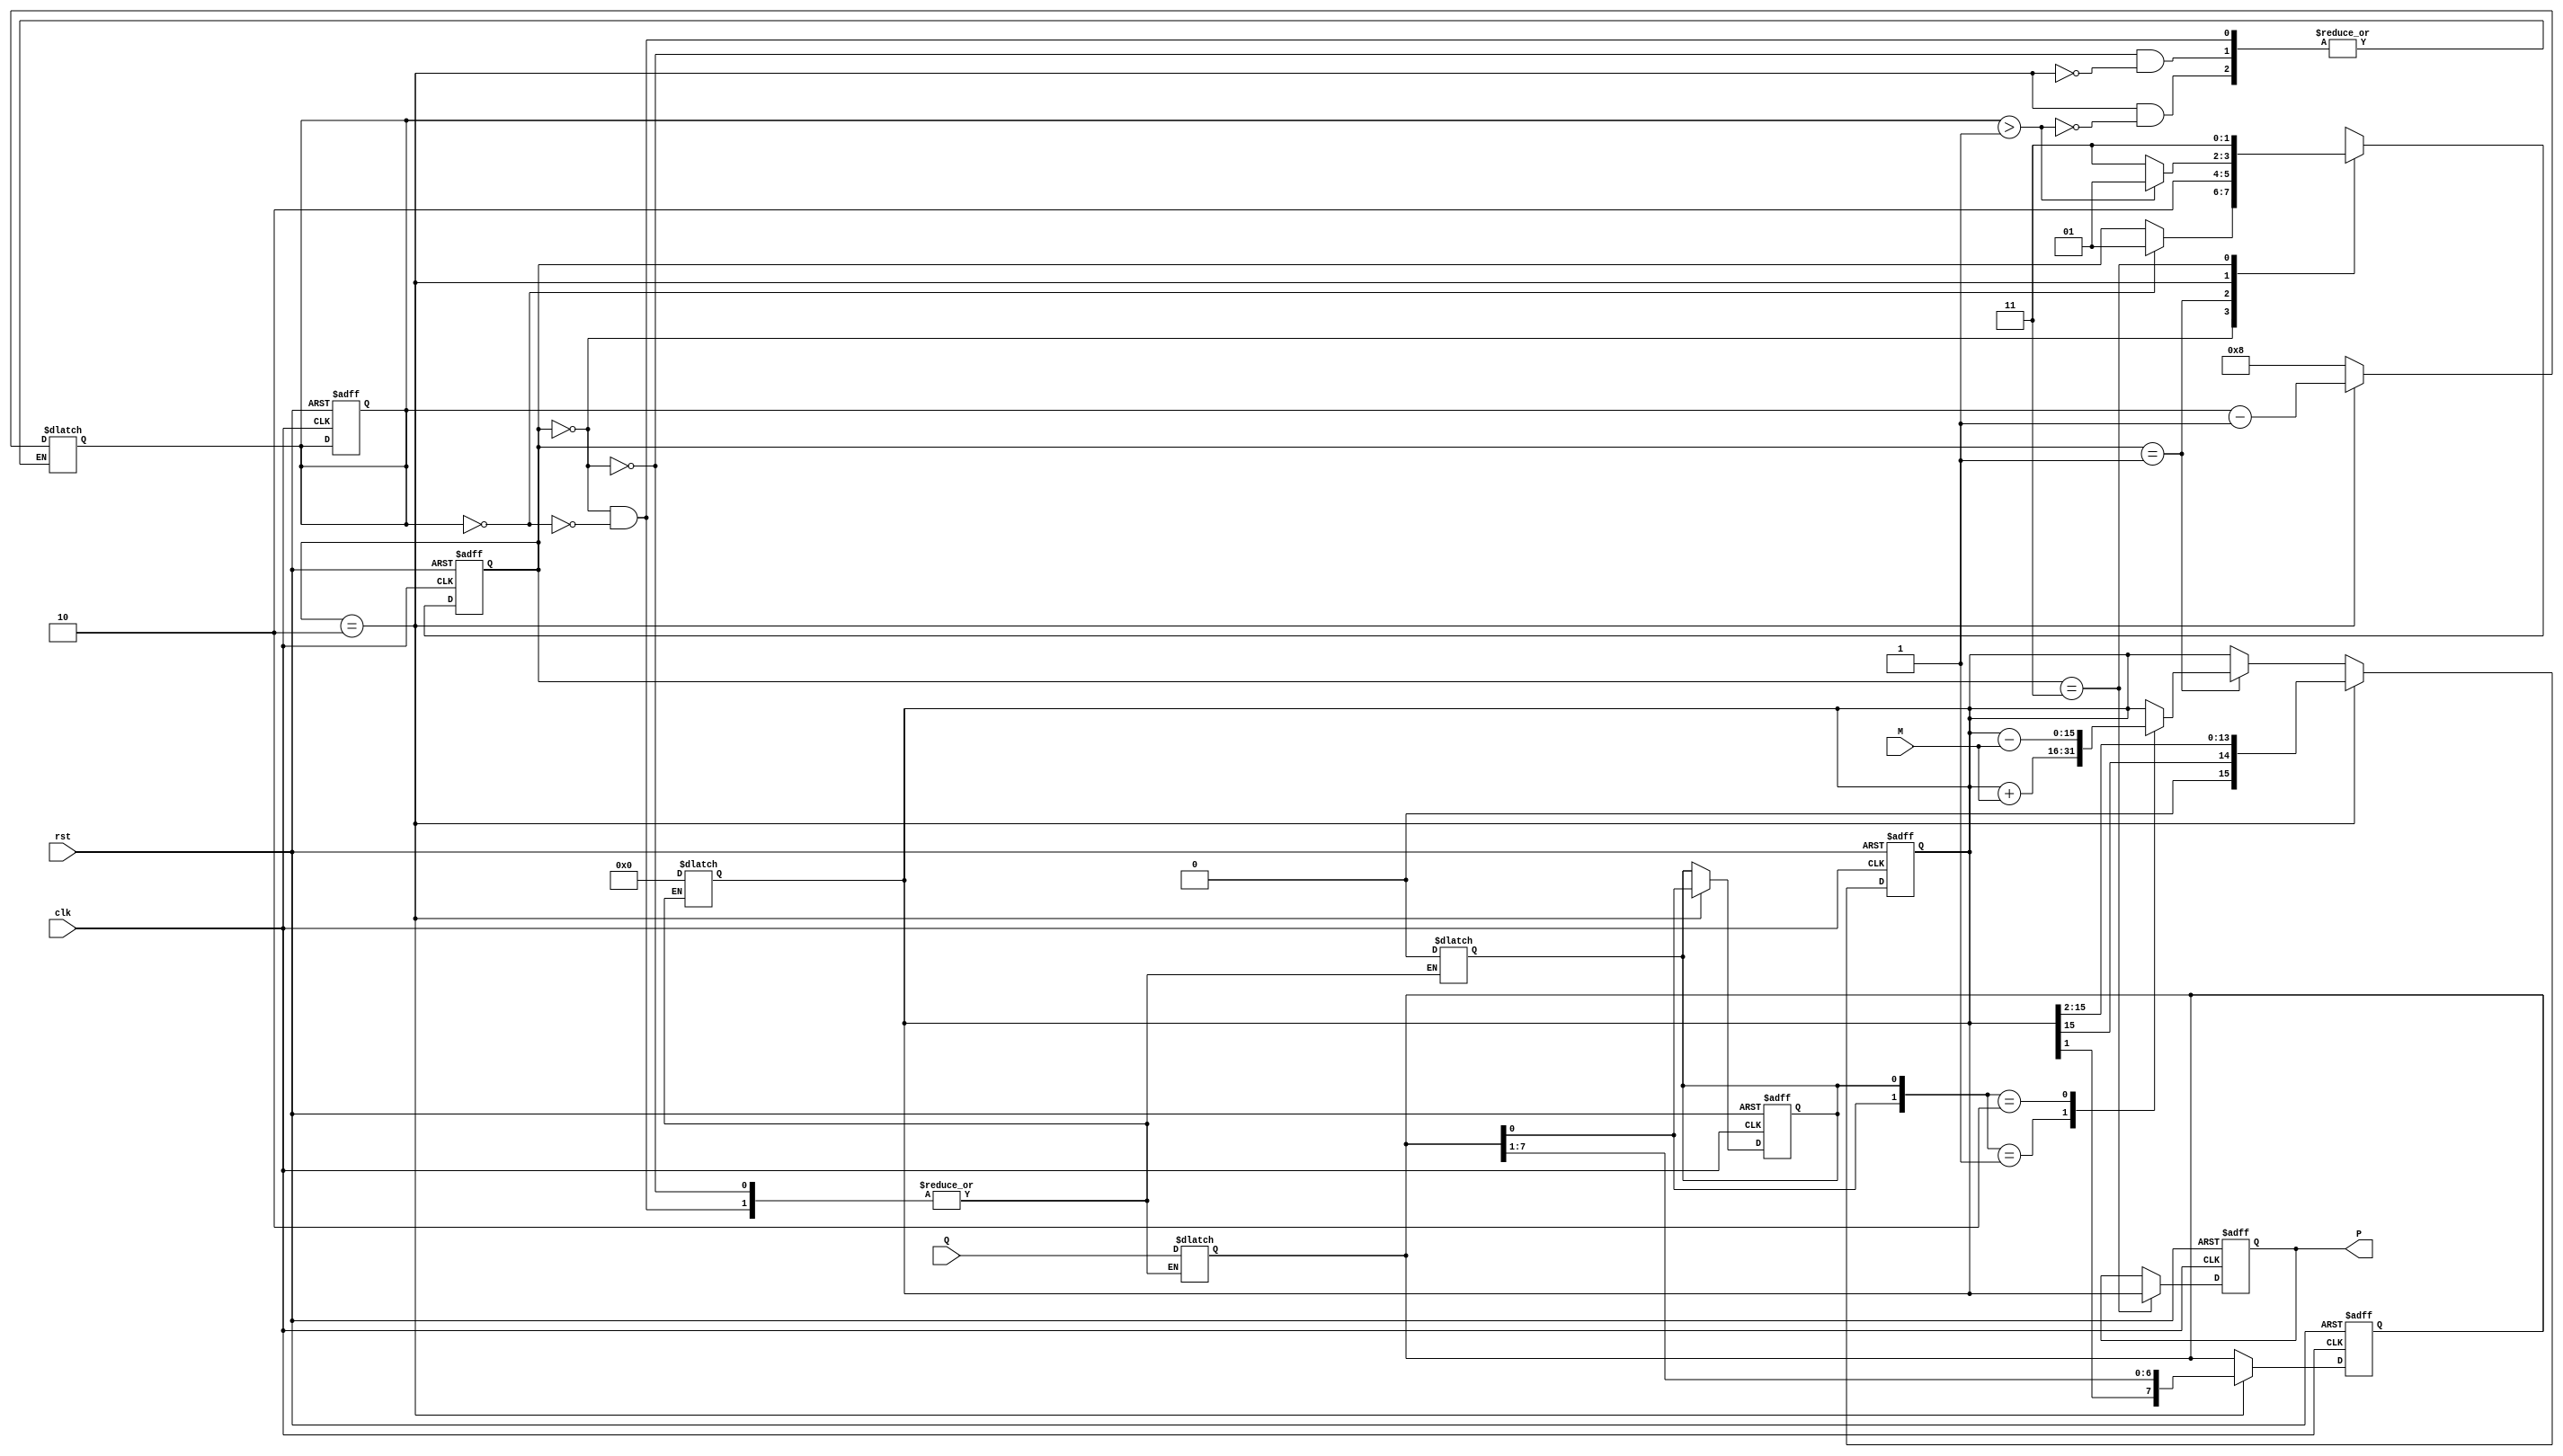
module modified_booth_multiplier #(
    parameter N = 8 // width of multiplicand and multiplier
)(
    input wire clk,
    input wire rst,
    input wire signed [N-1:0] M, // Multiplicand
    input wire signed [N-1:0] Q, // Multiplier
    output reg signed [2*N-1:0] P // Product
);

    reg signed [2*N-1:0] A; // Accumulator
    reg signed [N-1:0] Q_reg; // Multiplier register
    reg Q_1; // Previous bit of multiplier
    reg [3:0] count; // Counter for iterations

    // State machine states
    localparam IDLE = 2'b00, 
               EXECUTE = 2'b01, 
               SHIFT = 2'b10, 
               DONE = 2'b11;
    
    reg [1:0] state, next_state;

    always @(posedge clk or posedge rst) begin
        if (rst) begin
            state <= IDLE;
            A <= 0;
            Q_reg <= 0;
            Q_1 <= 0;
            P <= 0;
            count <= 0;
        end else begin
            state <= next_state;
            if (state == EXECUTE) begin
                case ({Q_reg[0], Q_1})
                    2'b00: ; // No action
                    2'b01: A <= A + M; // Add M
                    2'b10: A <= A - M; // Subtract M
                    2'b11: ; // No action
                endcase
            end
            if (state == SHIFT) begin
                // Perform arithmetic right shift
                {A, Q_reg} <= {A[2*N-1], A[2*N-1:1], Q_reg[N-1:1]}; // Shift A and Q
                Q_1 <= Q_reg[0]; // Update Q-1
            end
            if (state == DONE) begin
                P <= A; // Final product
            end
        end
    end

    always @(*) begin
        next_state = state;
        case (state)
            IDLE: begin
                if (count == 0) begin
                    A <= 0; // Initialize accumulator
                    Q_reg <= Q; // Load multiplier
                    Q_1 <= 0; // Initialize Q-1
                    count <= N; // Set iteration count
                    next_state = EXECUTE;
                end
            end
            EXECUTE: begin
                next_state = SHIFT; // Move to shifting after executing
            end
            SHIFT: begin
                if (count > 1) begin
                    count <= count - 1; // Decrement count
                    next_state = EXECUTE; // Go back to execute
                end else begin
                    next_state = DONE; // Move to done state
                end
            end
            DONE: begin
                // Stay in DONE state
                next_state = DONE;
            end
        endcase
    end

endmodule